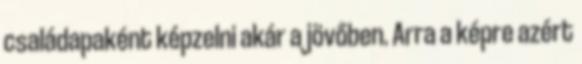
családapaként képzelni akár a jövőben. Arra a képre azért